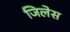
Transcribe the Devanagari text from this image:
जिलेस